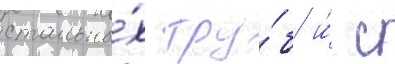
стальны́х тру́б и́ с